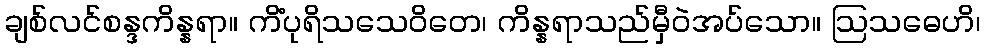
ချစ်လင်စန္ဒကိန္နရာ။ ကိံပုရိသသေဝိတေ၊ ကိန္နရာသည်မှီဝဲအပ်သော။ ဩသဓေဟိ၊